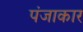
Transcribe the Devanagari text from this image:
पंजाकार